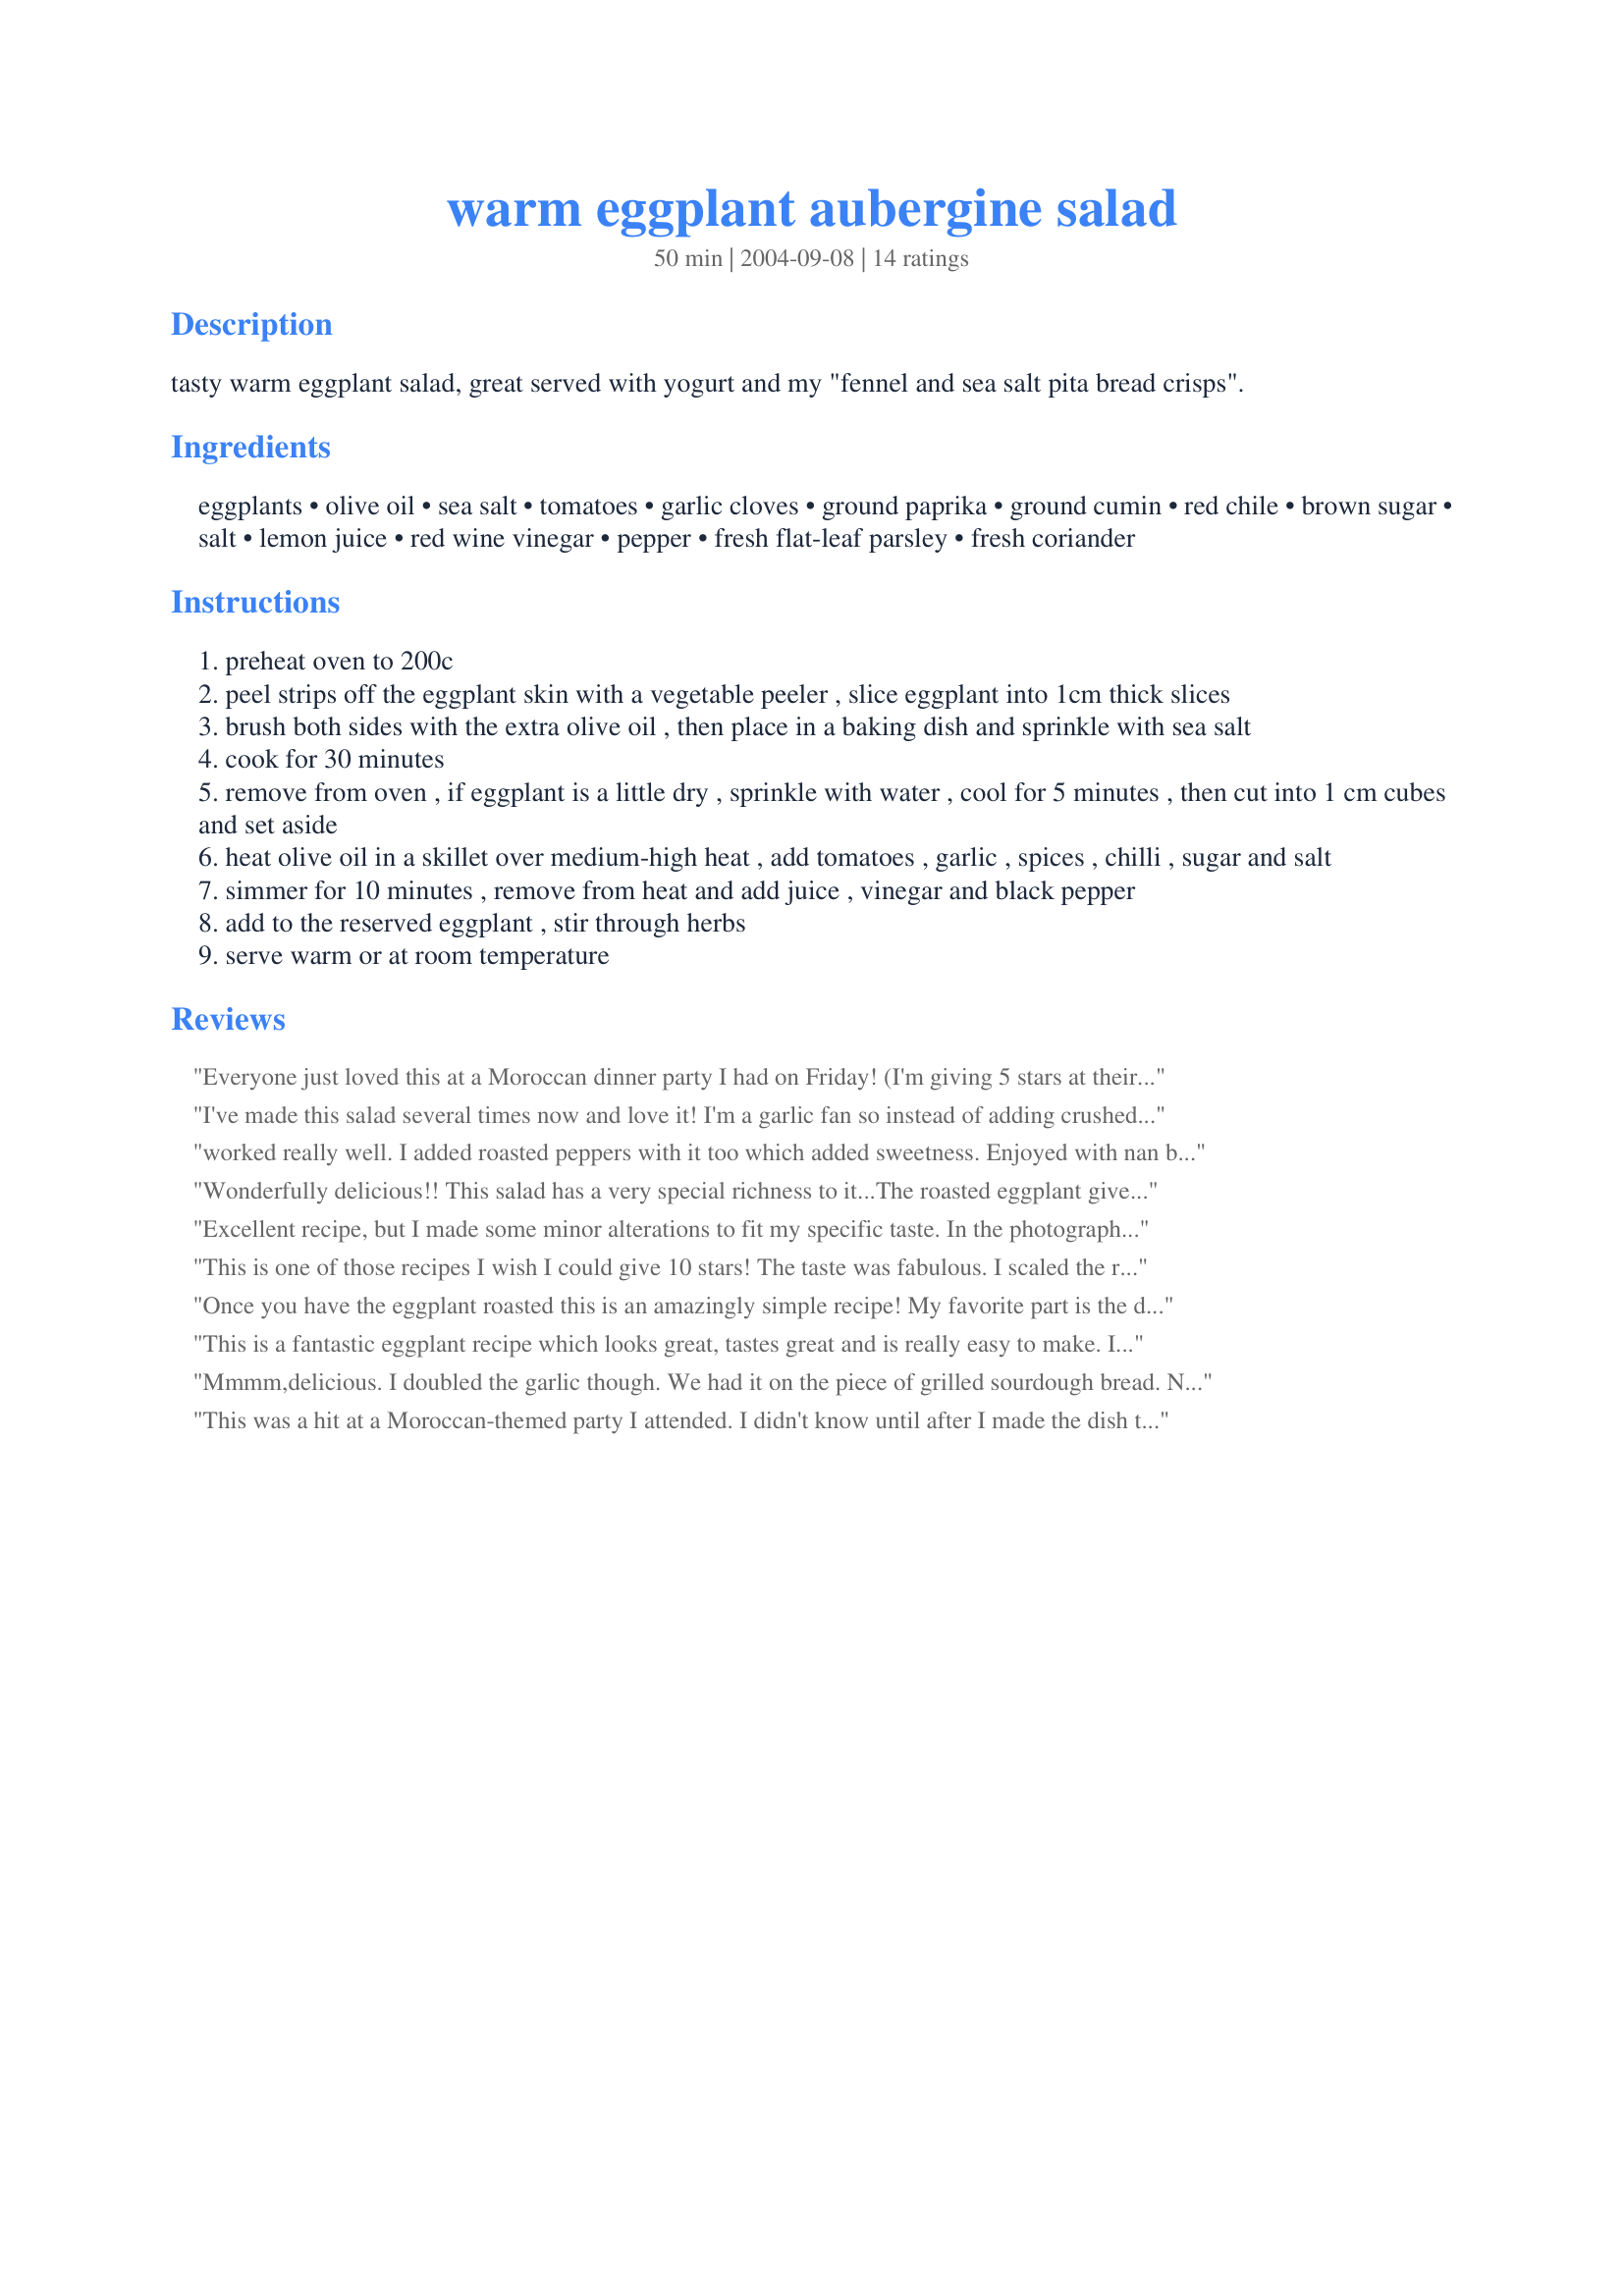
warm eggplant aubergine salad
Preparation time: 50 minutes

tasty warm eggplant salad, great served with yogurt and my "fennel and sea salt pita bread crisps".

Ingredients:
eggplants, olive oil, sea salt, tomatoes, garlic cloves, ground paprika, ground cumin, red chile, brown sugar, salt, lemon juice, red wine vinegar, pepper, fresh flat-leaf parsley, fresh coriander

Steps:
preheat oven to 200c
peel strips off the eggplant skin with a vegetable peeler , slice eggplant into 1cm thick slices
brush both sides with the extra olive oil , then place in a baking dish and sprinkle with sea salt
cook for 30 minutes
remove from oven , if eggplant is a little dry , sprinkle with water , cool for 5 minutes , then cut into 1 cm cubes and set aside
heat olive oil in a skillet over medium-high heat , add tomatoes , garlic , spices , chilli , sugar and salt
simmer for 10 minutes , remove from heat and add juice , vinegar and black pepper
add to the reserved eggplant , stir through herbs
serve warm or at room temperature

Reviews:
Everyone just loved this at a Moroccan dinner party I had on Friday! (I'm giving 5 stars at their instructions, I can't stand eggplant so I can't really rate it!!) My hubby said it was the best dish there and wants me to do it again ASAP. I used Lebanese eggplants and followed instructions exactly except for doubling the chili - thanks for posting!
I've made this salad several times now and love it! I'm a garlic fan so instead of adding crushed garlic to the pan, I like to roast a whole garlic and add it to the salad at the end. This salad is well-worth the effort. Make it for someone you love!
worked really well. I added roasted peppers with it too which added sweetness. Enjoyed with nan bread. Delicious!
Wonderfully delicious!! This salad has a very special richness to it...The roasted eggplant gives it a buttery quality and the fresh herbs add spectacular flavor. I loved the play of the sweet, the savory and slight spice of this dish. I added a bit of onion and used a medium sized green chili because I had them available. My only problem with the dish was my own fault...my "assistant" (he-he) sliced about half of the eggplant too thin before I could stop him...not a real problem...the more "mushy" pieces gave additional textural contrast which is always nice. I loved this salad!!! I preferred it after it had cooled for about an hour to room temp ...the flavors seemed to have become "well acquainted" at that point!! A definite keeper...one to pull out for events when a nice veggie main course or side dish is called for. I had made a batch of yogurt cheese to accompany it but ended up enjoying a bowl of it alone!! I Loved this - Thank you very much for sharing!!
Excellent recipe, but I made some minor alterations to fit my specific taste. 

In the photograph I submitted, I made some minor modifications the the dish -- the tomatoes I had were Roma tomatoes that werent the ripest (its winter) so I added some canned San Marzano tomato paste to give the dish more acidity and "oomph". I also chopped and sweated a medium-sized onion in some olive oil before adding the other ingredients to the pan.

The eggplant in my picture was also pre-roasted for use with another dish and has no skin on it, it was scooped out of the skin (not cubed as in the recipe) after roasting .
This is one of those recipes I wish I could give 10 stars! The taste was fabulous. I scaled the recipe down to about 1/3, but I'm going back to the kitchen to to make more. Wonderful, thanks so much for posting! This will definately be made many times!
Once you have the eggplant roasted this is an amazingly simple recipe! My favorite part is the dressing, I'm going to be using that with other salads, for sure!
This is a fantastic eggplant recipe which looks great, tastes great and is really easy to make. I didn't have any coriander so substituted with basil and that worked well. I also had run out of paprika and it still tasted great. I'm looking forward to making this again with all of the ingredients.
ETA: This has become my default egplant recipe for special occasions as it is foolproof. Made completely as is, or with a few changes depending on availability of ingredients...definitely worth making!
Mmmm,delicious. I doubled the garlic though. We had it on the piece of grilled sourdough bread. Next time I will try to add some sauteed onions and reduce the amount of vinegar or lemon juice( it was a bit too acidic).
This was a hit at a Moroccan-themed party I attended. I didn't know until after I made the dish that the party was catered so I brought it anyway (thought we could never eat it all but, in hindsight, we probably could have!). The guests kept asking the caterer about it and she rather sheepishly admitted she didn't make it.
I usually fiddle with recipes a lot, even if I like them. This one is perfect as is.
Jewelies, this is such a great recipe!! We had a "Greek Feast" tonight and this was the entree (along with your Fennel and Sea Salt Pita Bread). The flavours are wonderful and go so well with the pita bread. I made the recipe exactly as written and was so happy with how it turned out. I will be making it often (it would also be a great addition to an antipasto platter or mezze plate). Thanks Jewelies.

This was delicious. I blackened and peeled (roasted) the peppers. I also scalded and peeled the tomatoes but did not cook them. Threw in a few toasted pine nuts for good measure. It was a hit! Thanks for a great recipe!
This is a wonderful warm and delicious salad. I used fresh herbs and lemon. Next time I'll try it with the yogurt and pita bread, I think the pairing would be really nice. Thanks.
